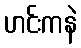
ဟင်းကနဲ